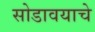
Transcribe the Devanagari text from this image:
सोडावयाचे